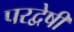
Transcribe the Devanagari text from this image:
परद्वेषी